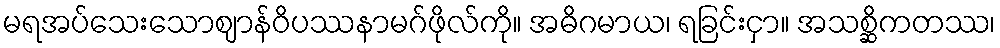
မရအပ်သေးသောဈာန်ဝိပဿနာမဂ်ဖိုလ်ကို။ အဓိဂမာယ၊ ရခြင်းငှာ။ အသစ္ဆိကတဿ၊